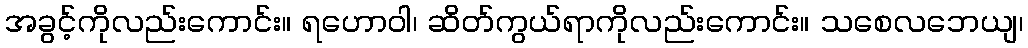
အခွင့်ကိုလည်းကောင်း။ ရဟောဝါ၊ ဆိတ်ကွယ်ရာကိုလည်းကောင်း။ သစေလဘေယျ၊